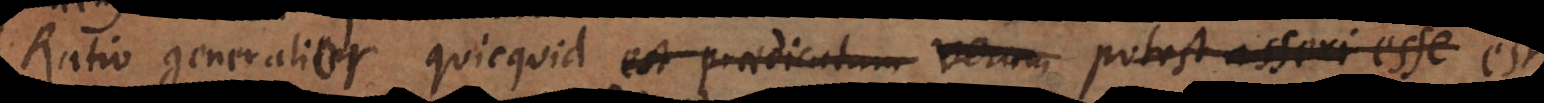
Ratio generalior quicquid est praedicatum alicujus, id est prae est